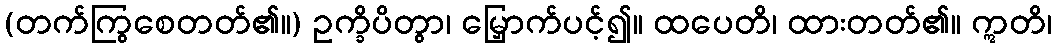
(တက်ကြွစေတတ်၏။) ဥက္ခိပိတွာ၊ မြှောက်ပင့်၍။ ထပေတိ၊ ထားတတ်၏။ ဣတိ၊